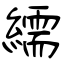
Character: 繻